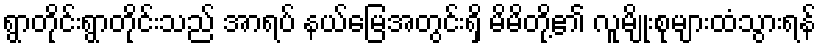
ရွာတိုင်းရွာတိုင်းသည် အာရပ် နယ်မြေအတွင်းရှိ မိမိတို့၏ လူမျိုးစုများထံသွားရန်